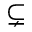
\subsetneq